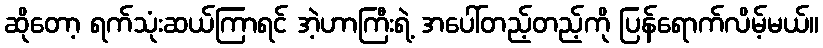
ဆိုတော့ ရက်သုံးဆယ်ကြာရင် အဲ့ဟာကြီးရဲ့ အပေါ်တည့်တည့်ကို ပြန်ရောက်လိမ့်မယ်။